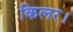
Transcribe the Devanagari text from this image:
किलर।